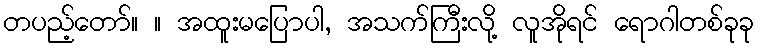
တပည့်တော်။ ။ အထူးမပြောပါ, အသက်ကြီးလို့ လူအိုရင် ရောဂါတစ်ခုခု